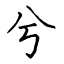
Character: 兮